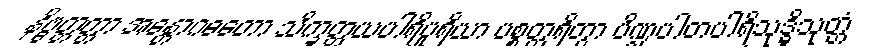
နိဗ္ဗတ္တတ္တာ အန္တောဂဓတော သိက္ခတ္တယပါရိပူရိယာ ပစ္စတ္ထရိတွာ ပိဏ္ဍပါတပါရိသုဒ္ဓိသုတ္တံ